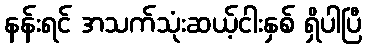
နန်းရင် အသက်သုံးဆယ့်ငါးနှစ် ရှိပါပြီ